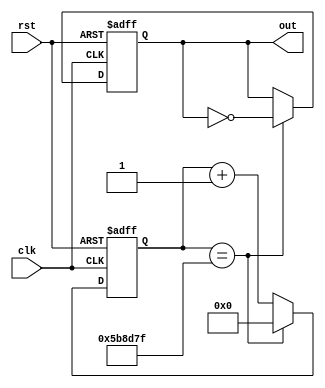
module clock_divider #(


parameter COUNT_WIDTH = 24,
parameter [COUNT_WIDTH:0] MAX_COUNT = 6000000 - 1

)(
input clk,
input rst,

output reg out


);


// internal signals
wire rst;
reg div_clk;
reg [COUNT_WIDTH:0] count;

always @ (posedge clk or posedge rst) begin
  if (rst == 1'b1) begin
    count <= 0;
    out <= 0;
  end else if (count == MAX_COUNT) begin
    count <= 0;
    out <= ~out;

  end else begin
    count <= count + 1;
  end
end

endmodule